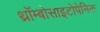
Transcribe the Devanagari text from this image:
थ्रॉम्बोसाइटोपेनिक